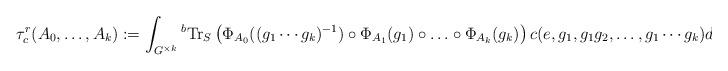
LaTeX: \begin{align*}\tau^r_c(A_0,\ldots,A_k):=\int_{G^{\times k}}{}^b{\rm Tr}_S\left(\Phi_{A_0}((g_1\cdots g_k)^{-1})\circ \Phi_{A_1}(g_1)\circ \ldots\circ \Phi_{A_k}(g_k)\right)c(e,g_1,g_1g_2,\ldots,g_1\cdots g_k)dg_1\cdots dg_k\end{align*}